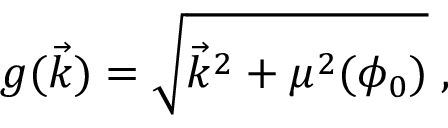
g ( \vec { k } ) = \sqrt { { \vec { k } } ^ { 2 } + \mu ^ { 2 } ( \phi _ { 0 } ) } \; ,